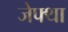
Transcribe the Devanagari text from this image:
जेफ्था